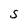
Character: S